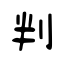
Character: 判